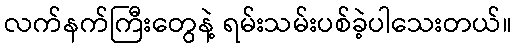
လက်နက်ကြီးတွေနဲ့ ရမ်းသမ်းပစ်ခဲ့ပါသေးတယ်။